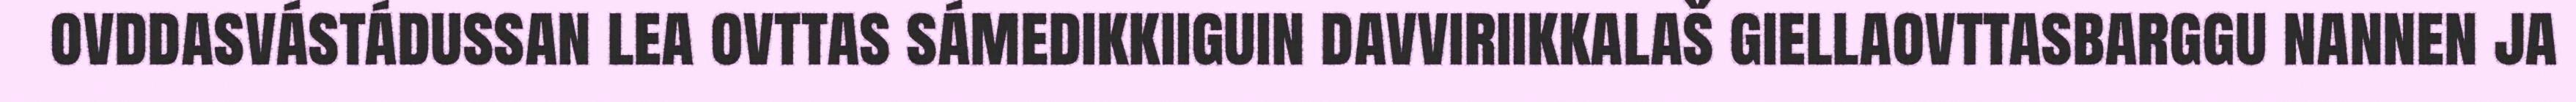
ovddasvástádussan lea ovttas sámedikkiiguin davviriikkalaš giellaovttasbarggu nannen ja